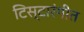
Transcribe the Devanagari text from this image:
टिस्टारंगीत